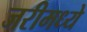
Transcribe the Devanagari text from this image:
जरीमध्ये